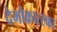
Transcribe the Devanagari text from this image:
देमोक्रात्स्का